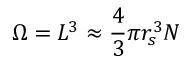
\Omega = L ^ { 3 } \approx \frac { 4 } { 3 } \pi r _ { s } ^ { 3 } N